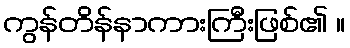
ကွန်တိန်နာကားကြီးဖြစ်၏ ။